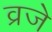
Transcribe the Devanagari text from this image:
व्रजे